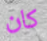
كان